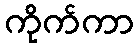
ကိုက်ကာ